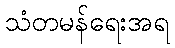
သံတမန်ရေးအရ